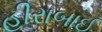
હીરાબાઈ